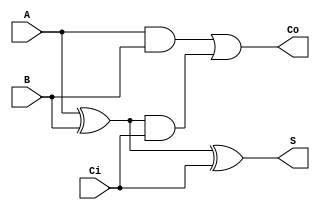
module Adder1b(
    input wire A, B, Ci,
    output wire S, Co
);
    wire gen, p_and_ci, prop;

    assign prop = A ^ B;
    assign S = prop ^ Ci;
    assign gen = A & B;
    assign p_and_ci = prop & Ci;
    assign Co = gen | p_and_ci;

endmodule